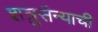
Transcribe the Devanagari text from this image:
शत्रुसैन्याची